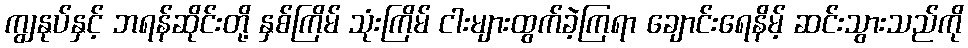
ကျွနုပ်နှင့် ဘရန်ဆိုင်းတို့ နှစ်ကြိမ် သုံးကြိမ် ငါးများထွက်ခဲ့ကြရာ ချောင်းရေနိမ့် ဆင်းသွားသည်ကို